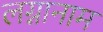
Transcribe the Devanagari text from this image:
लग्नानाम